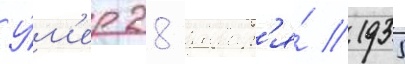
У́м'ер 28 январ'я́ 1935